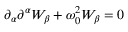
\partial _ { \alpha } \partial ^ { \alpha } W _ { \beta } + \omega _ { 0 } ^ { 2 } W _ { \beta } = 0